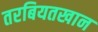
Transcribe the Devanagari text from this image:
तरबियतखान